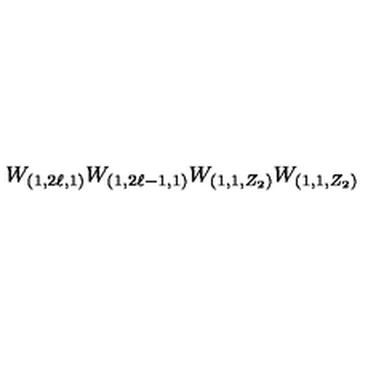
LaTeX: W _ { ( 1 , 2 \ell , 1 ) } W _ { ( 1 , 2 \ell - 1 , 1 ) } W _ { ( 1 , 1 , Z _ { 2 } ) } W _ { ( 1 , 1 , Z _ { 2 } ) }